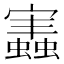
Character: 𧒡